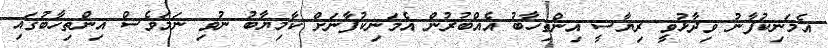
އެމަނިކުފާނު ވިދާޅުވީ ރިޔާސީ އިންތިހާބު އެއްބުރުން އެމަނިކުފާނަށް ކާމިޔާބު ނުވި ނަމަވެސް އިންތިހާބުގައި